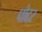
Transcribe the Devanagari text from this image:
पोद्दर